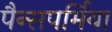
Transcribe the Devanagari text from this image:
पैन्सपर्मिया